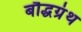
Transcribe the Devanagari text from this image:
बौद्धग्रंथ